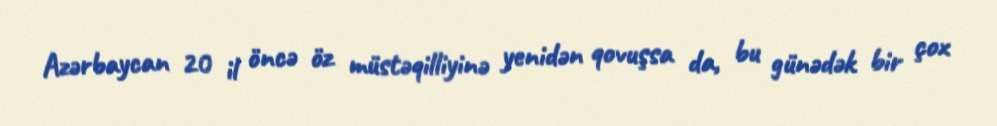
Azərbaycan 20 il öncə öz müstəqilliyinə yenidən qovuşsa da, bu günədək bir çox